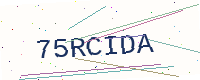
Text: 75RCIDA